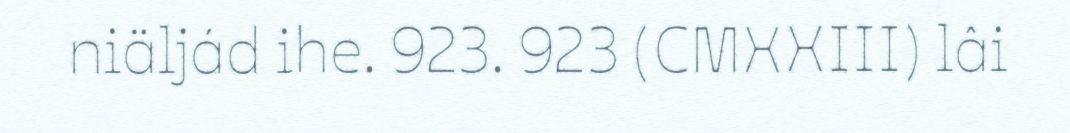
niäljád ihe. 923. 923 (CMXXIII) lâi